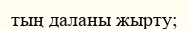
тың даланы жырту;